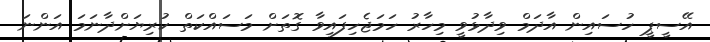
އޭސީޕީ ހުސައިން އާދަމް ވިދާޅުވީ މިހާރު ހަމަޖެހިފައިވާ ގޮތަށް މަސައްކަތް ކުރިޔަށްދާނަމަ އަންނަ